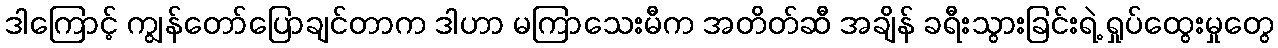
ဒါကြောင့် ကျွန်တော်ပြောချင်တာက ဒါဟာ မကြာသေးမီက အတိတ်ဆီ အချိန် ခရီးသွားခြင်းရဲ့ ရှုပ်ထွေးမှုတွေ